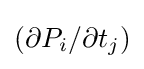
(\partial P_{i}/\partial t_{j})